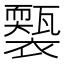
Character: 𧞕